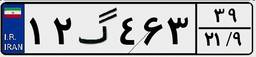
۱۲گ۴۶۳۳۹